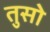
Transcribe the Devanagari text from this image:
तुसो